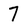
Character: 7